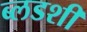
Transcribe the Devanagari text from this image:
ब्लडशी